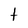
Character: t